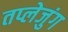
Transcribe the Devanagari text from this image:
तप्लेजुंग